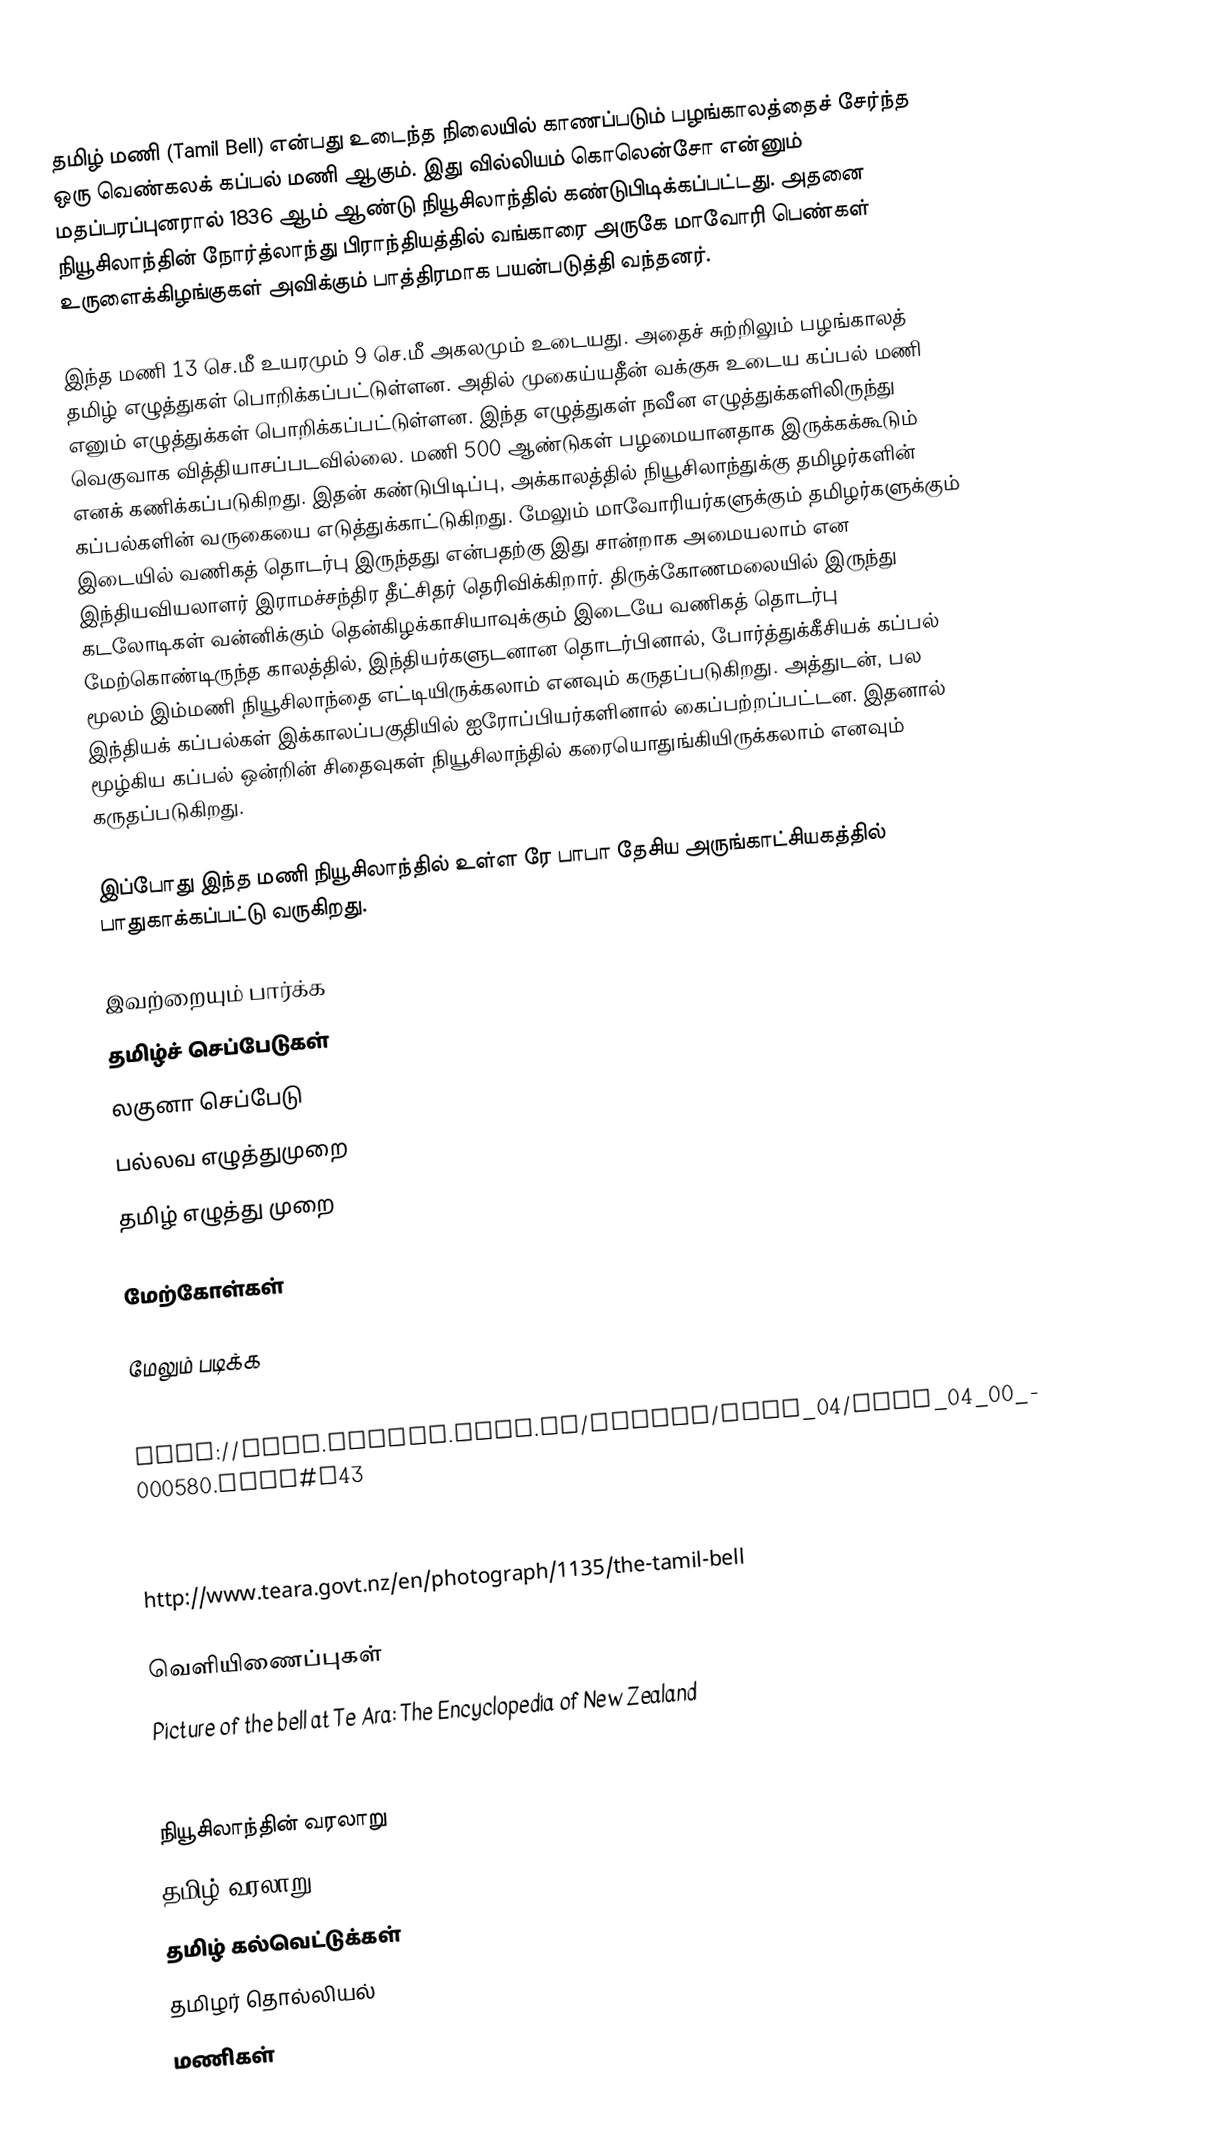
தமிழ் மணி (Tamil Bell) என்பது உடைந்த நிலையில் காணப்படும் பழங்காலத்தைச் சேர்ந்த ஒரு வெண்கலக் கப்பல் மணி ஆகும். இது வில்லியம் கொலென்சோ என்னும் மதப்பரப்புனரால் 1836 ஆம் ஆண்டு நியூசிலாந்தில் கண்டுபிடிக்கப்பட்டது. அதனை நியூசிலாந்தின் நோர்த்லாந்து பிராந்தியத்தில் வங்காரை அருகே மாவோரி பெண்கள் உருளைக்கிழங்குகள் அவிக்கும் பாத்திரமாக பயன்படுத்தி வந்தனர்.

இந்த மணி 13 செ.மீ உயரமும் 9 செ.மீ அகலமும் உடையது. அதைச் சுற்றிலும் பழங்காலத் தமிழ் எழுத்துகள் பொறிக்கப்பட்டுள்ளன. அதில் முகைய்யதீன் வக்குசு உடைய கப்பல் மணி எனும் எழுத்துக்கள் பொறிக்கப்பட்டுள்ளன. இந்த எழுத்துகள் நவீன எழுத்துக்களிலிருந்து வெகுவாக வித்தியாசப்படவில்லை. மணி 500 ஆண்டுகள் பழமையானதாக இருக்கக்கூடும் எனக் கணிக்கப்படுகிறது. இதன் கண்டுபிடிப்பு, அக்காலத்தில் நியூசிலாந்துக்கு தமிழர்களின் கப்பல்களின் வருகையை எடுத்துக்காட்டுகிறது. மேலும் மாவோரியர்களுக்கும் தமிழர்களுக்கும் இடையில் வணிகத் தொடர்பு இருந்தது என்பதற்கு இது சான்றாக அமையலாம் என இந்தியவியலாளர் இராமச்சந்திர தீட்சிதர் தெரிவிக்கிறார். திருக்கோணமலையில் இருந்து கடலோடிகள் வன்னிக்கும் தென்கிழக்காசியாவுக்கும் இடையே வணிகத் தொடர்பு மேற்கொண்டிருந்த காலத்தில், இந்தியர்களுடனான தொடர்பினால்,  போர்த்துக்கீசியக் கப்பல் மூலம் இம்மணி நியூசிலாந்தை எட்டியிருக்கலாம் எனவும் கருதப்படுகிறது. அத்துடன், பல இந்தியக் கப்பல்கள் இக்காலப்பகுதியில் ஐரோப்பியர்களினால் கைப்பற்றப்பட்டன. இதனால் மூழ்கிய கப்பல் ஒன்றின் சிதைவுகள் நியூசிலாந்தில் கரையொதுங்கியிருக்கலாம் எனவும் கருதப்படுகிறது.

இப்போது இந்த மணி நியூசிலாந்தில் உள்ள ரே பாபா தேசிய அருங்காட்சியகத்தில் பாதுகாக்கப்பட்டு வருகிறது.

இவற்றையும் பார்க்க
 தமிழ்ச் செப்பேடுகள்
 லகுனா செப்பேடு
 பல்லவ எழுத்துமுறை
 தமிழ் எழுத்து முறை

மேற்கோள்கள்

மேலும் படிக்க

  http://rsnz.natlib.govt.nz/volume/rsnz_04/rsnz_04_00_000580.html#n43

 http://www.teara.govt.nz/en/photograph/1135/the-tamil-bell

வெளியிணைப்புகள்
Picture of the bell at Te Ara: The Encyclopedia of New Zealand
The Tamil Bell from the collection of the Museum of New Zealand Te Papa Tongarewa

நியூசிலாந்தின் வரலாறு
தமிழ் வரலாறு
தமிழ் கல்வெட்டுக்கள்
தமிழர் தொல்லியல்
மணிகள்